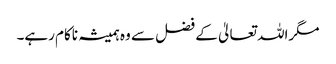
مگراللہ تعالیٰ کے فضل سے وہ ہمیشہ ناکام رہے۔